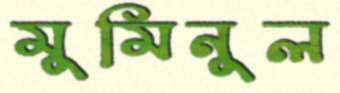
মুমিনুল